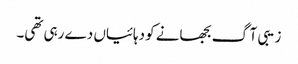
زیبی آگ بجھانے کو دہائیاں دے رہی تھی۔